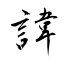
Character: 諱